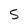
Character: 5